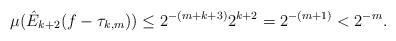
LaTeX: \begin{align*}\mu(\hat{E}_{k+2}(f - \tau_{k,m})) \leq 2^{-(m + k + 3)}2^{k+2} = 2^{-(m+1)} < 2^{-m}.\end{align*}